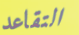
التقاعد